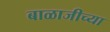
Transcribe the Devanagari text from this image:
बाळाजीच्या